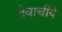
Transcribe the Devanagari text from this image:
देवाचीये